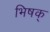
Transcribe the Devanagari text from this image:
भिषक्